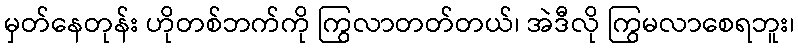
မှတ်နေတုန်း ဟိုတစ်ဘက်ကို ကြွလာတတ်တယ်၊ အဲဒီလို ကြွမလာစေရဘူး၊